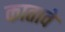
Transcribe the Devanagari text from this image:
कातावे